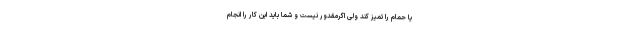
یا حمام را تمیز کند ولی اگرمقدور نیست و شما باید این کار را انجام